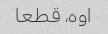
اوه، قطعا